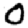
Digit: 0